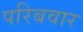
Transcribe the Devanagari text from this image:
परिबवार